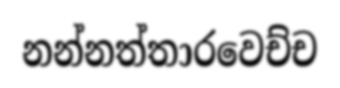
නන්නත්තාරවෙච්ච